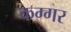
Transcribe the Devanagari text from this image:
कग्गर